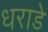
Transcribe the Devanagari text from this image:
धराडे